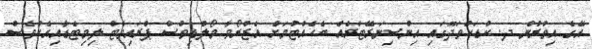
އޭގެ އިތުރުން ދ. ކުޑަހުވަދޫގައި އިންސިނަރޭޓަރެއް ބެހެއްޓުމަށް އެޒްރޯވާ މޯލްޑިވްސް ޕްރައިވެޓް ލިމިޓެޑާއިއެކުވެސް